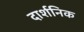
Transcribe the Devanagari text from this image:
दार्शनिक